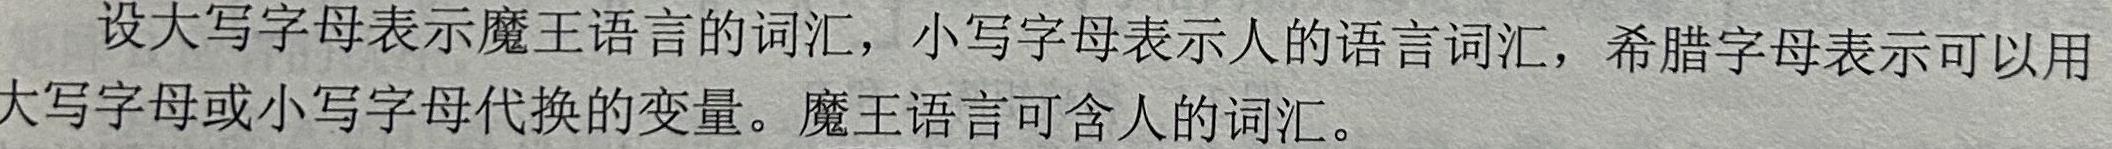
设大写字母表示魔王语言的词汇，小写字母表示人的语言词汇，希腊字母表示可以用大写字母或小写字母代换的变量。魔王语言可含人的词汇。